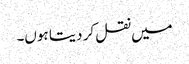
میں نقل کر دیتا ہوں۔